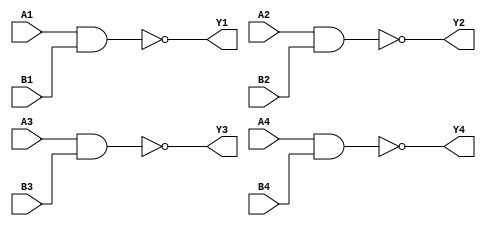

//7400 Quad 2-input NAND gate
module ic_7400(
    Y1, A1, B1,
    Y2, A2, B2,
    Y3, A3, B3,
    Y4, A4, B4);
    output Y1, Y2, Y3, Y4;
    input A1, B1, A2, B2, A3, B3, A4, B4;

    assign Y1 = ~(A1 & B1); 
    assign Y2 = ~(A2 & B2); 
    assign Y3 = ~(A3 & B3); 
    assign Y4 = ~(A4 & B4); 

endmodule